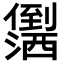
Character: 𪝻